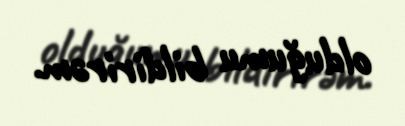
olduğumu bildirirəm.